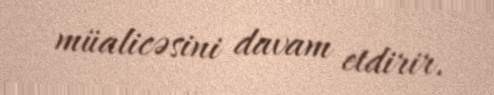
müalicəsini davam etdirir.